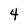
Character: 4